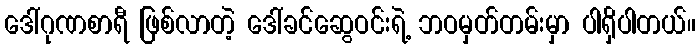
ဒေါ်ဂုဏစာရီ ဖြစ်လာတဲ့ ဒေါ်ခင်ဆွေဝင်းရဲ့ ဘဝမှတ်တမ်းမှာ ပါရှိပါတယ်။